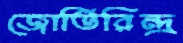
জোতিরিন্দ্র